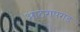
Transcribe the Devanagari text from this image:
आठरापगड